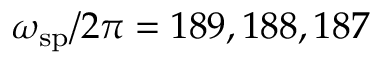
\omega _ { \mathrm { s p } } / 2 \pi = 1 8 9 , 1 8 8 , 1 8 7